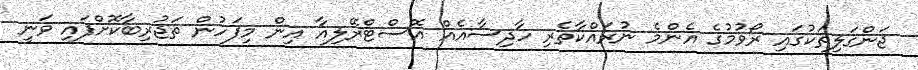
ޖަންގަލިތަކުގައި ރޯވުމުގެ އެންމެ ނުރައްކާތެރި ހާދިސާއެއް އޮސްޓްރޭލިއާ އިން މިފަހުން ތަޖުރިބާކޮށްފައި ވަނީ